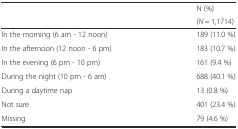
| <ROWSPAN=2>  | N (%) |
 | (N = 1,1714) |
 | --- | --- |
 | In the morning (6 am - 12 noon) | 189 (11.0 %) |
 | In the afternoon (12 noon - 6 pm) | 183 (10.7 %) |
 | In the evening (6 pm - 10 pm) | 161 (9.4 %) |
 | During the night (10 pm - 6 am) | 688 (40.1 %) |
 | During a daytime nap | 13 (0.8 %) |
 | Not sure | 401 (23.4 %) |
 | Missing | 79 (4.6 %) |